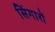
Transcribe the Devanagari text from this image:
सिंगारों